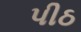
પીઠ